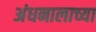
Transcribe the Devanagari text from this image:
अंधनालाच्या